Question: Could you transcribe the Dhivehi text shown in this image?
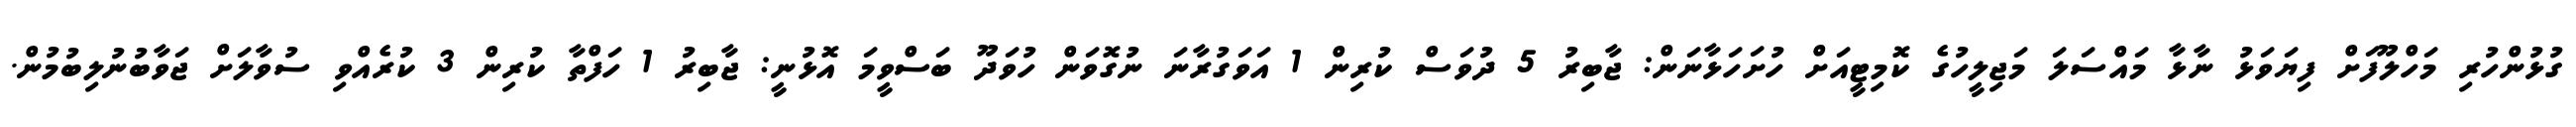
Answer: ގުޅުންހުރި މަހްލޫފަށް ފިޔަވަޅު ނާޅާ މައްސަލަ މަޖިލީހުގެ ކޮމިޓީއަށް ހުށަހަޅާނަން: ޖާބިރު 5 ދުވަސް ކުރިން 1 އަވަގުރާނަ ނުގޮވަން ހުވަދޫ ބަސްވީމަ އޮޅުނީ: ޖާބިރު 1 ހަފްތާ ކުރިން 3 ކުރެއްވި ސުވާލަށް ޖަވާބުނުލިބުމުން.